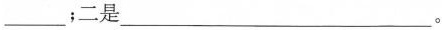
___；二是___。